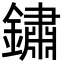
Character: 鏽